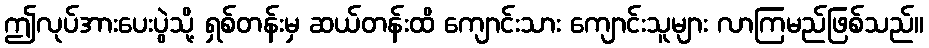
ဤလုပ်အားပေးပွဲသို့ ရှစ်တန်းမှ ဆယ်တန်းထိ ကျောင်းသား ကျောင်းသူများ လာကြမည်ဖြစ်သည်။